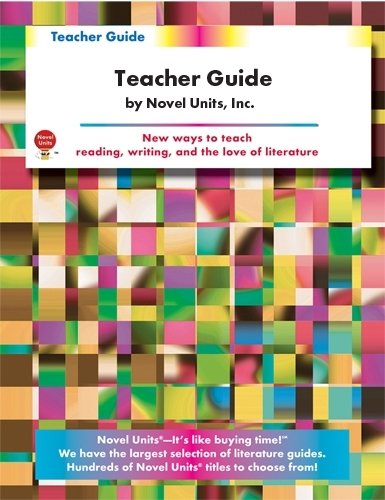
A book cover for Anne Frank: The Diary of a Young Girl: Teacher Guide; Phyllis A. Green; Teen & Young Adult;